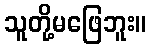
သူတို့မဖြေဘူး။